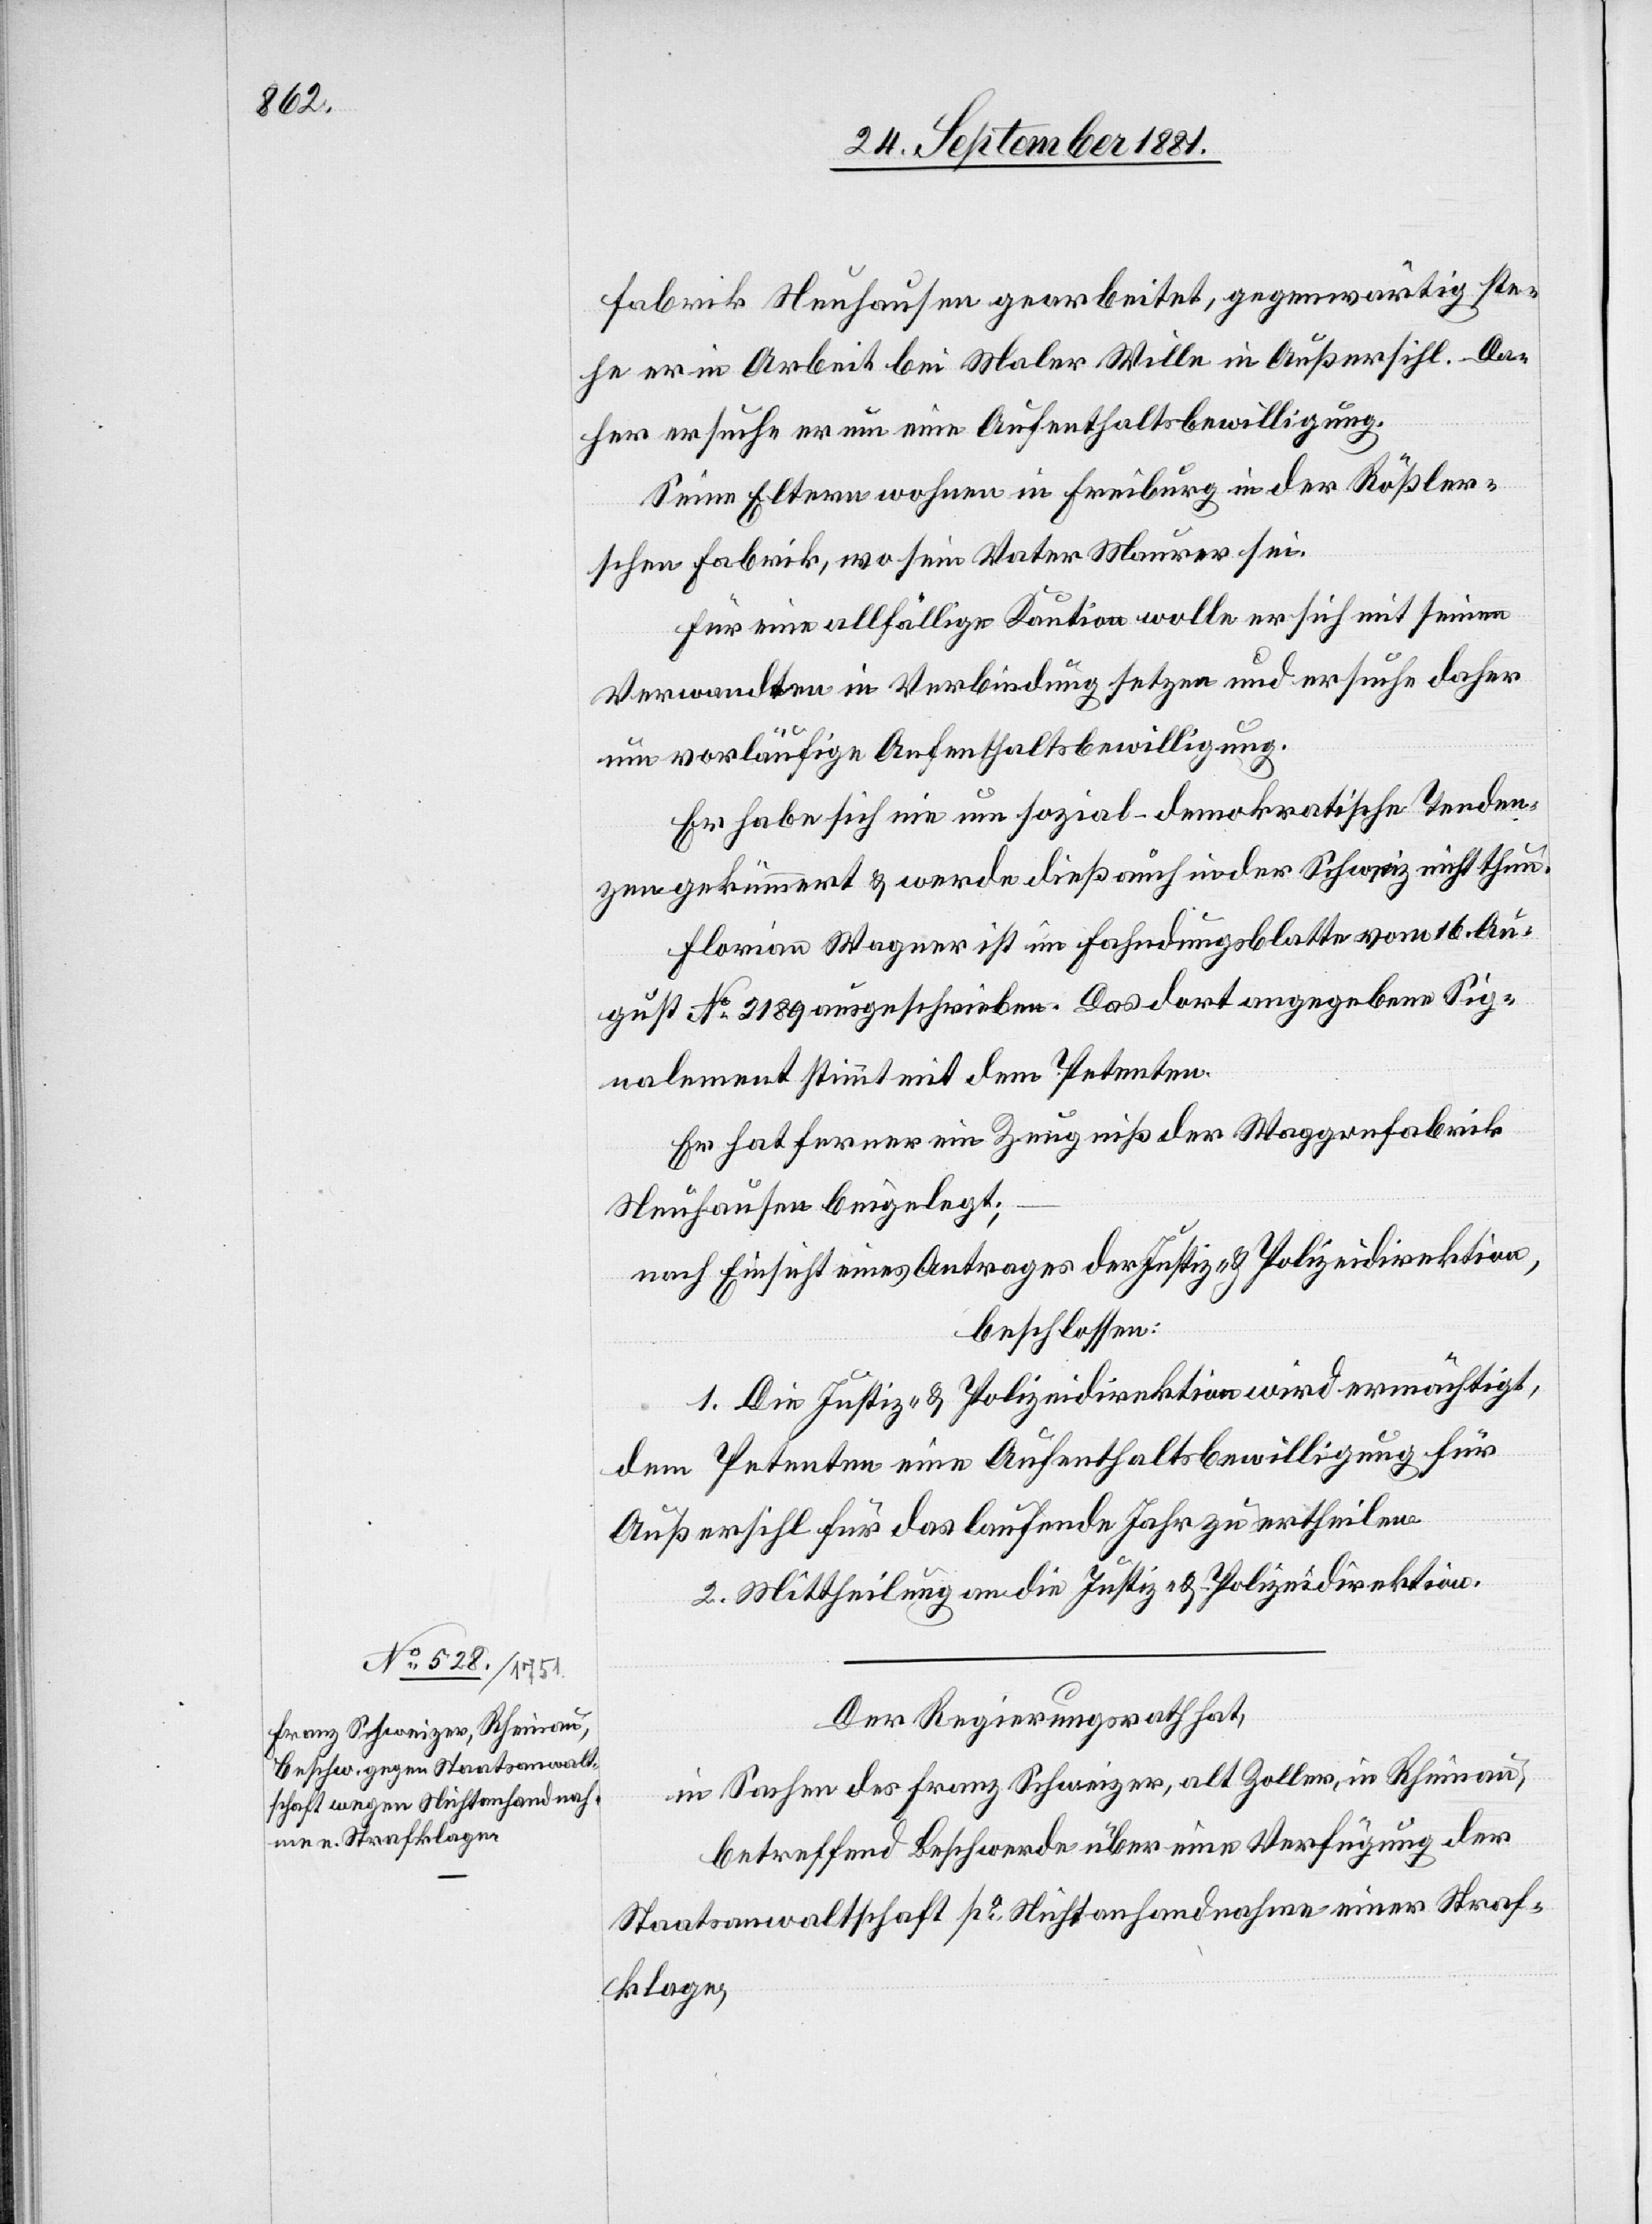
fabrik Neuhausen gearbeitet, gegenwärtig ste¬
he er in Arbeit bei Maler Willer in Außersihl. Da¬
her ersuche er um eine Aufenthaltsbewilligung.
Seine Eltern wohnen in Freiburg in der Rößler¬
schen Fabrik, wo sein Vater Maurer sei.
Für eine allfällige Kaution wolle er sich mit seinen
Verwandten in Verbindung setzen und ersuche daher
um vorläufige Aufenthaltsbewilligung.
Er habe sich nie um sozial-demokratische Tenden¬
zen gekümmert & werde dieß auch in der Schweiz nicht thun.
Florian Wagner [sic!] ist im Fahndungsblatte vom 16. Au¬
gust No 2189 ausgeschrieben. Das dort angegebene Sig¬
nalement stimmt mit dem Petenten.
Er hat ferner ein Zeugniß der Waggonfabrik
Neuhausen beigelegt;
nach Einsicht eines Antrages der Justiz- & Polizeidirektion,
beschlossen:
1. Die Justiz- & Polizeidirektion wird ermächtigt,
dem Petenten eine Aufenthaltsbewilligung für
Außersihl für das laufende Jahr zu ertheilen.
2. Mittheilung an die Justiz- & Polizeidirektion.
Der Regierungsrath hat,
in Sachen des Franz Schweizer, alt Zoller, in Rheinau,
betreffend Beschwerde über eine Verfügung der
Staatsanwaltschaft po Nichtanhandnahme einer Straf¬
klage;